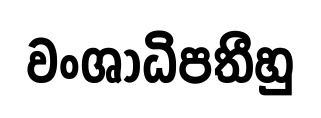
වංශාධිපතීහු